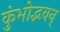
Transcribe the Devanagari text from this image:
कुंभोद्भवन्